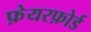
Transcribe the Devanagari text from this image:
फ़ेयरफ़ोर्ड